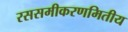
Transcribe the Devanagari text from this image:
रससमीकरणमितीय